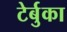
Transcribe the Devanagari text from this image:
टेर्बुका